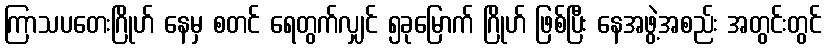
ကြာသပတေးဂြိုဟ် နေမှ စတင် ရေတွက်လျှင် ၅ခုမြောက် ဂြိုဟ် ဖြစ်ပြီး နေအဖွဲ့အစည်း အတွင်းတွင်